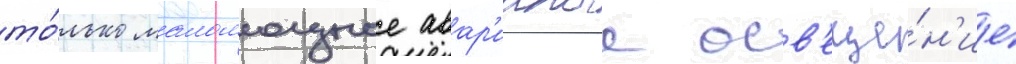
то́лько маломощное авар'ииное осв'еще́н'ие